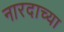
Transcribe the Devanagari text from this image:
नारदाच्या